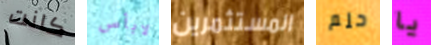
كانت لابأس المستثمرين حلم يا